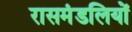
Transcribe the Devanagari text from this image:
रासमंडलियों